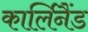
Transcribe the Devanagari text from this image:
कार्लिनैंड